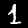
Label: 1